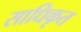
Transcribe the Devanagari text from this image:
साधिकृत